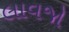
લાવજો